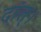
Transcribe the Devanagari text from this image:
दांत्।